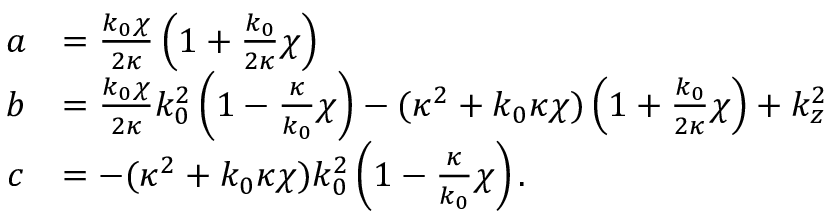
\begin{array} { c l } { a } & { = \frac { k _ { 0 } \chi } { 2 \kappa } \left( 1 + \frac { k _ { 0 } } { 2 \kappa } \chi \right) } \\ { b } & { = \frac { k _ { 0 } \chi } { 2 \kappa } k _ { 0 } ^ { 2 } \left( 1 - \frac { \kappa } { k _ { 0 } } \chi \right) - ( \kappa ^ { 2 } + k _ { 0 } \kappa \chi ) \left( 1 + \frac { k _ { 0 } } { 2 \kappa } \chi \right) + k _ { z } ^ { 2 } } \\ { c } & { = - ( \kappa ^ { 2 } + k _ { 0 } \kappa \chi ) k _ { 0 } ^ { 2 } \left( 1 - \frac { \kappa } { k _ { 0 } } \chi \right) . } \end{array}